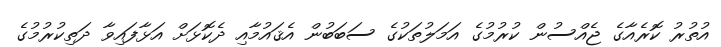
އުތުރު ކޮރެއާގެ ޖެއްސުން ކުރުމުގެ އަމަލުތަކުގެ ސަބަބުން އެޤައުމާއި ދެކޮޅަށް އަޅާފައިވާ ދަތިކުރުމުގެ